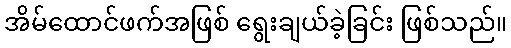
အိမ်ထောင်ဖက်အဖြစ် ရွေးချယ်ခဲ့ခြင်း ဖြစ်သည်။